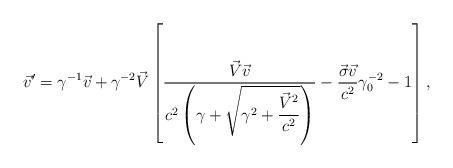
LaTeX: \begin{align*}{\vec v}'=\gamma^{-1}\vec{v}+\gamma^{-2}\vec{V}\left[\displaystyle\frac{\vec{V}\vec{v}}{c^2\left(\gamma+\sqrt{\gamma^2+\displaystyle\frac{\vec{V}^2}{c^2}}\right)}-\frac{\vec{\sigma}\vec{v}}{c^2}\gamma_{0}^{-2}-1\right],\end{align*}